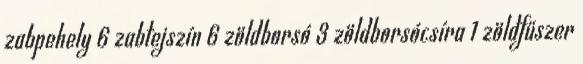
zabpehely 6 zabtejszín 6 zöldborsó 3 zöldborsócsíra 1 zöldfűszer